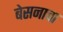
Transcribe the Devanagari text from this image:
बेसनाचा